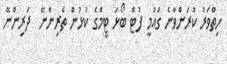
ހިތްވަރު ކުރަންވާނެ ގައުމީ ފުޓް ބޯޅަ ޓީމްގެ ކުޅުން ތެރިންނޭ  ދަރިންނޭ